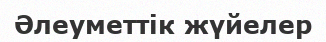
Әлеуметтік жүйелер